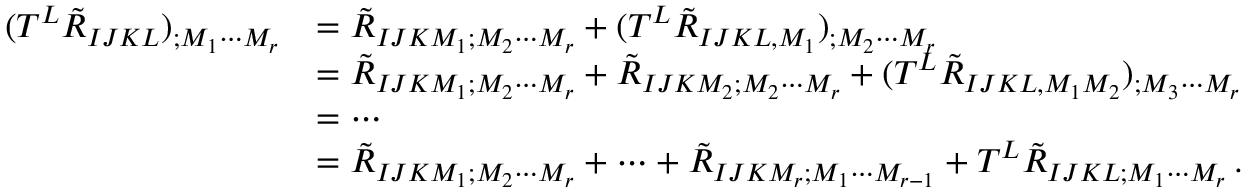
\begin{array} { r l } { ( { \cal T } ^ { L } \tilde { R } _ { I J K L } ) _ { ; M _ { 1 } \cdots M _ { r } } } & { = \tilde { R } _ { I J K M _ { 1 } ; M _ { 2 } \cdots M _ { r } } + ( { \cal T } ^ { L } \tilde { R } _ { I J K L , M _ { 1 } } ) _ { ; M _ { 2 } \cdots M _ { r } } } \\ & { = \tilde { R } _ { I J K M _ { 1 } ; M _ { 2 } \cdots M _ { r } } + \tilde { R } _ { I J K M _ { 2 } ; M _ { 2 } \cdots M _ { r } } + ( { \cal T } ^ { L } \tilde { R } _ { I J K L , M _ { 1 } M _ { 2 } } ) _ { ; M _ { 3 } \cdots M _ { r } } } \\ & { = \cdots } \\ & { = \tilde { R } _ { I J K M _ { 1 } ; M _ { 2 } \cdots M _ { r } } + \cdots + \tilde { R } _ { I J K M _ { r } ; M _ { 1 } \cdots M _ { r - 1 } } + { \cal T } ^ { L } \tilde { R } _ { I J K L ; M _ { 1 } \cdots M _ { r } } \, . } \end{array}